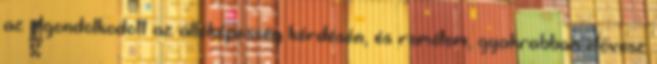
az elgondolkodott az állóképesség kérdésén, és remélem, gyakrabban elővesz